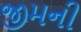
જીમની